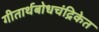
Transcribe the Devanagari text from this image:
गीतार्थबोधचंद्रिकेत